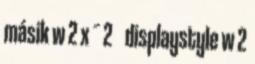
másik w 2 x ¯ 2 displaystyle w 2